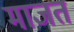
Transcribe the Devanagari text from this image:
माजत